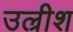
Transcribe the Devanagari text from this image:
उल्रीश